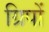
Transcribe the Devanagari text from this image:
ग्रिपों